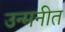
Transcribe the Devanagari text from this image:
उन्मनीत